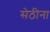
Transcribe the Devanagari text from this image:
सेठीना